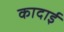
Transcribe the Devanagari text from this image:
कादाई